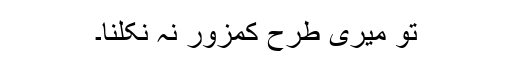
تُو میری طرح کمزور نہ نکلنا۔